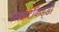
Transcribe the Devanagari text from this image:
स्क्रिप्टकिड्डी